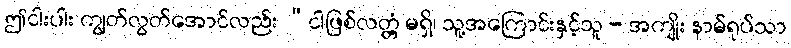
ဤငါးပါး ကျွတ်လွတ်အောင်လည်း “ငါဖြစ်လတ္တံ့ မရှိ၊ သူ့အကြောင်းနှင့်သူ - အကျိုး နာမ်ရုပ်သာ